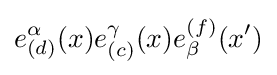
e_{(d)}^{\alpha }(x)e_{(c)}^{\gamma }(x)e_{\beta }^{(f)}(x^{\prime })